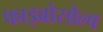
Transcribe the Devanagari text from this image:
फाइब्रोसोल्व